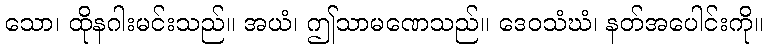
သော၊ ထိုနဂါးမင်းသည်။ အယံ၊ ဤသာမဏေသည်။ ဒေဝသံဃံ၊ နတ်အပေါင်းကို။